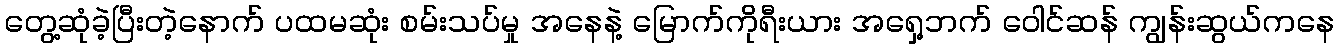
တွေ့ဆုံခဲ့ပြီးတဲ့နောက် ပထမဆုံး စမ်းသပ်မှု အနေနဲ့ မြောက်ကိုရီးယား အရှေ့ဘက် ဝေါင်ဆန် ကျွန်းဆွယ်ကနေ